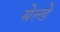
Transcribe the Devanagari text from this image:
सेल्डे